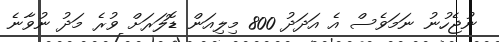
ނުޖެހުނު ނަމަވެސް އެ އަދަދު 800 މިލިއަން ޑޮލަރަށް ވުރެ މަދު ނުވާނެ